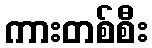
ကားတစ်စီး